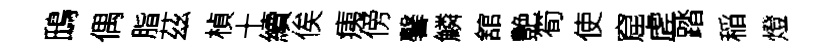
鴟偶脂茲楨十續俟痍傍馨鱗舘艶筍使窟虗踏稲燈